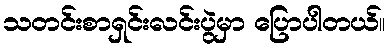
သတင်းစာရှင်းလင်းပွဲမှာ ပြောပါတယ်။